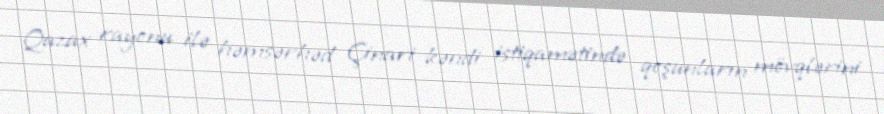
Qazax rayonu ilə həmsərhəd Çinari kəndi istiqamətində qoşunların mövqlərini